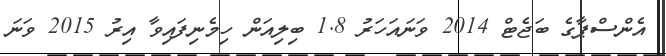
އެންސްޕާގެ ބަޖެޓް 2014 ވަނައަހަރު 1.8 ބިލިއަން ހިމެނިފައިވާ އިރު 2015 ވަނަ